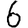
Digit: 6